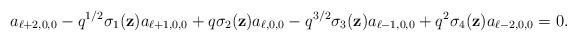
LaTeX: \begin{align*}a_{\ell+2,0,0}-{q}^{1/2}\sigma_1(\textbf{z})a_{\ell+1,0,0}+q\sigma_2(\textbf{z})a_{\ell,0,0}-q^{3/2}\sigma_3(\textbf{z})a_{\ell-1,0,0}+q^2\sigma_4(\textbf{z})a_{\ell-2,0,0}=0.\end{align*}